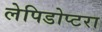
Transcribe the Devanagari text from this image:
लेपिडोप्टरा